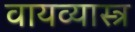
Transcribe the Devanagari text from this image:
वायव्‍यास्‍त्र